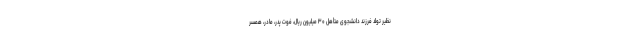
نظیر تولد فرزند دانشجوی متأهل ۳۰ میلیون ریال، فوت پدر، مادر، همسر